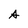
Character: A